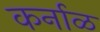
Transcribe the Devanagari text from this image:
कर्नाळ